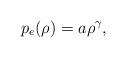
LaTeX: \begin{align*}p_e(\rho)=a\rho^\gamma,\end{align*}